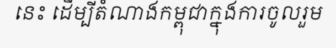
នេះ ដើម្បីតំណាងកម្ពុជាក្នុងការចូលរួម